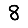
Digit: 8